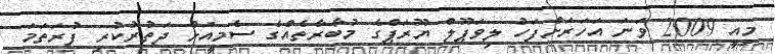
މިއީ 2009 ވަނަ އަަހަރަށްފަހު ލިވަޕޫލް ޔޫރަޕްގެ މުބާރާތެއްގެ ސެމީއަށް ދަތުރުކުރި ފުރަތަމަ